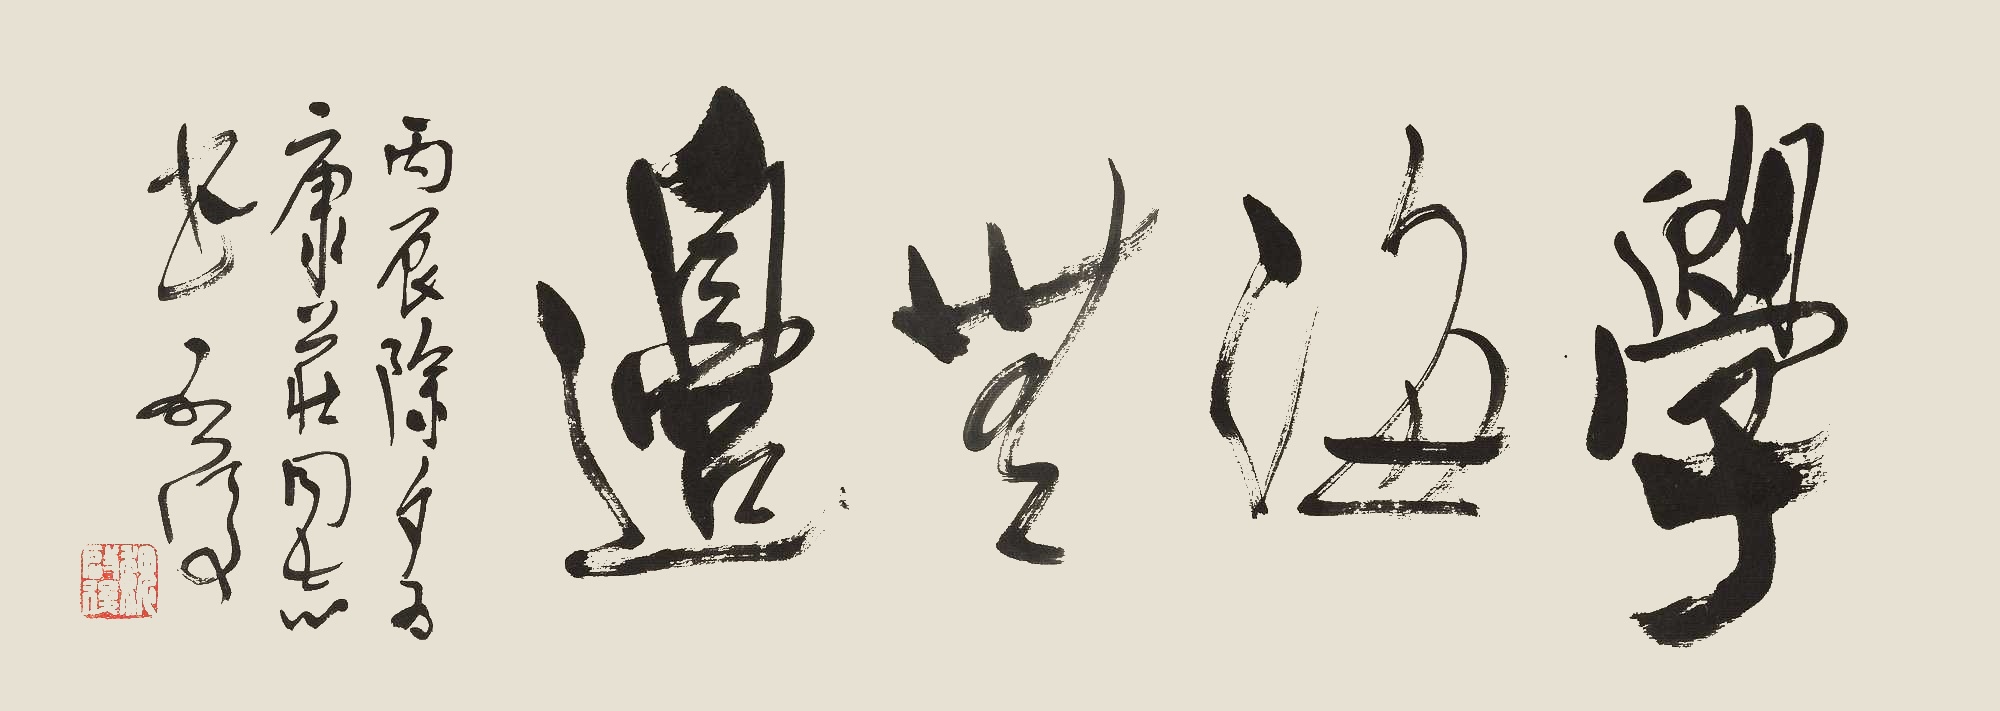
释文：学海无边丙辰除夕，为康庄同志书，启后。